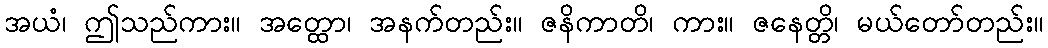
အယံ၊ ဤသည်ကား။ အတ္ထော၊ အနက်တည်း။ ဇနိကာတိ၊ ကား။ ဇနေတ္တိ၊ မယ်တော်တည်း။